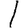
Digit: 1